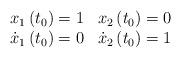
LaTeX: \begin{align*}\begin{array}{cc}x_{1}\left( t_{0}\right) =1 & x_{2}\left( t_{0}\right) =0 \\ \dot{x}_{1}\left( t_{0}\right) =0 & \dot{x}_{2}\left( t_{0}\right) =1\end{array}\end{align*}